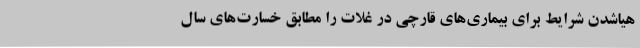
هیاشدن شرایط برای بیماری‌های قارچی در غلات را مطابق خسارت‌های سال